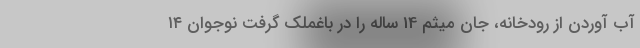
آب آوردن از رودخانه، جان‌ میثم 14 ساله را در باغملک گرفت نوجوان ۱۴